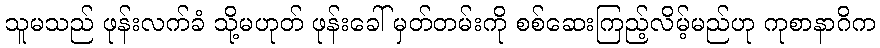
သူမသည် ဖုန်းလက်ခံ သို့မဟုတ် ဖုန်းခေါ် မှတ်တမ်းကို စစ်ဆေးကြည့်လိမ့်မည်ဟု ကုစာနာဂိက